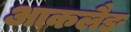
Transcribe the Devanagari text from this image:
आकलैङ